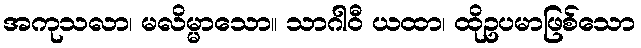
အကုသလာ၊ မလိမ္မာသော။ သာဂါဝီ ယထာ၊ ထိုဥပမာဖြစ်သော